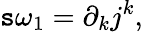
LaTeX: \mathtt{s}\omega_{1}=\partial_{k}j^{k},